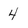
Character: 4